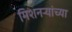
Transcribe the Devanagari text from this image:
मिशनर्‍यांच्या